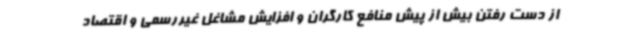
از دست رفتن بیش از پیش منافع کارگران و افزایش مشاغل غیررسمی و اقتصاد